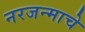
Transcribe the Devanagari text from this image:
नरजन्माचे